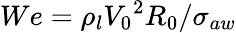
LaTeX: We={\rho}_{l}{V_{0}}^{2}R_{0}/{\sigma}_{aw}